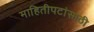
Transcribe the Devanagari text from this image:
माहितीपटांसाठी